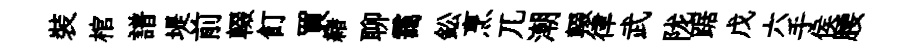
裝棺譜堤前輟飣買緖聊靄鈆烹兀潮輟律武陇踞戊六手侯腰